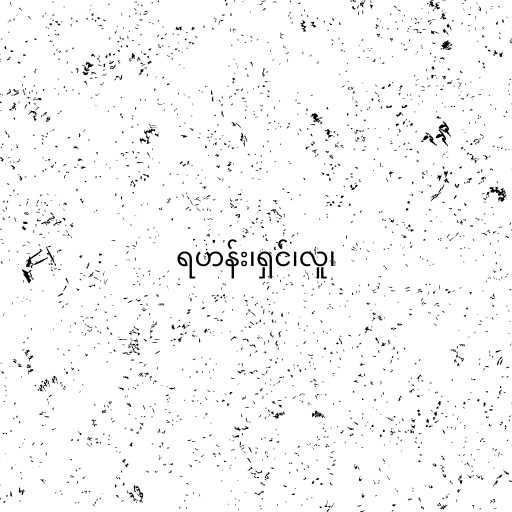
ရဟန်း၊ရှင်၊လူ၊